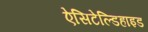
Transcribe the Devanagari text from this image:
ऐसिटेल्डिहाइड